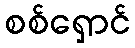
စစ်ရှောင်